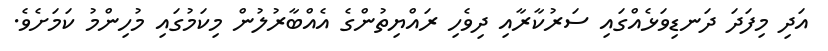
އަދި މިފަދަ ދަނޑިވަޅެއްގައި ސަރުކާރާއި ދިވެހި ރައްޔިތުންގެ އެއްބާރުލުން މިކަމުގައި މުހިންމު ކަމަށެވެ.